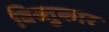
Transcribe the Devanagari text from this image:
विस्तुकार